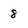
Character: 8